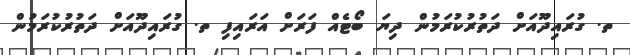
ތ. ގުރައިދޫއަށް ދަތުރުކުރަމުން ދިޔަ ބޯޓެއް ފަރަށް އަރައިފި ތ. ގުރައިދޫއަށް ދަތުރުކުރަމުން